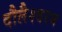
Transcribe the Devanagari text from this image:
दौलैश्वरम